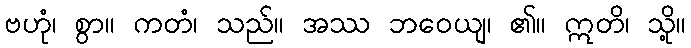
ဗဟုံ၊ စွာ။ ကတံ၊ သည်။ အဿ ဘဝေယျ၊ ၏။ ဣတိ၊ သို့။